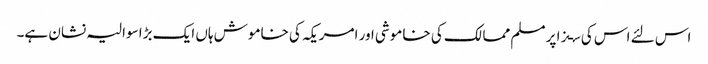
اس لئے اس کی سـزا پر مسلم ممالک کی خاموشی اور امریکہ کی خاموش ہاں ایک بڑا سوالیہ نشان ہے۔